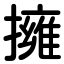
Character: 擁